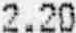
2.20